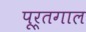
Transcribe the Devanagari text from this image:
पूर्तगाल